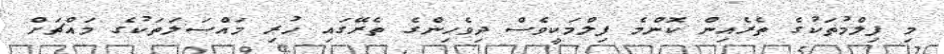
މި ފިލްމުތަކުގެ ތެރެއިން ކޮންމެ ފިލްމަކީވެސް ދިވެހިންގެ ތެރޭގައި ހުރި މައްސަލަތަކުގެ މައްޗަށް